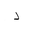
Letter: _dal